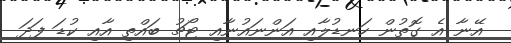
އޭނާ އެ ގޮތުން ހަނޑުލާއި އަންނައުނާއި ޓޯޗު ބައްތި އާއި ކުޑަ ފަދަ